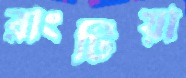
রাংটিয়া